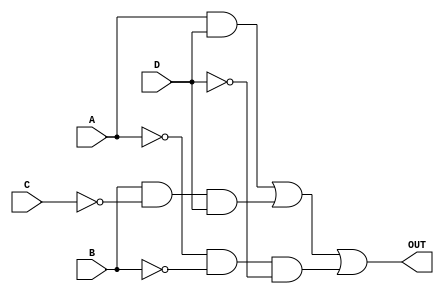
module Lab1(A, B, C, D, OUT);
input A, B, C, D;
output OUT;

and (out1, A, D);
and (out2, B, ~C, D);
and (out3, ~A, ~B, ~D);
or (OUT, out1, out2, out3);

endmodule